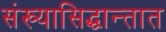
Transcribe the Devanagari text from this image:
संख्यासिद्धान्तात